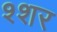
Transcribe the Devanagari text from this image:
श्शर